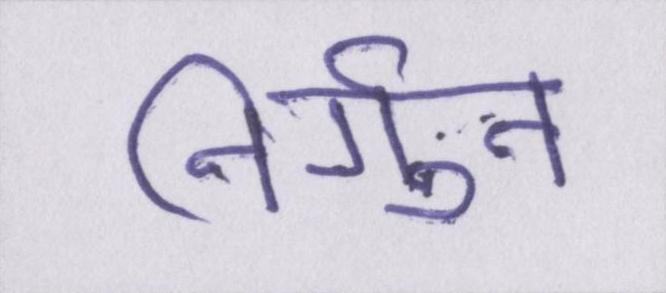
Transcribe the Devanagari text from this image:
निर्गुन